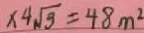
\times 4 \sqrt { 3 } = 4 8 m ^ { 2 }